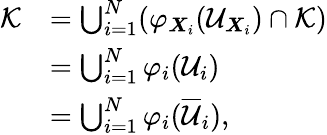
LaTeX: \begin{array}{rl}{\mathcal{K}}&{=\bigcup_{i=1}^{N}(\varphi_{{\boldsymbol{X}}_{i}}(\mathcal{U}_{{\boldsymbol{X}}_{i}})\cap\mathcal{K})}\\ &{=\bigcup_{i=1}^{N}\varphi_{i}(\mathcal{U}_{i})}\\ &{=\bigcup_{i=1}^{N}\varphi_{i}(\overline{{\mathcal{U}}}_{i}),}\end{array}